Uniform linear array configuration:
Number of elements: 32
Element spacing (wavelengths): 0.75
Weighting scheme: hann
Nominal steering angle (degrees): -30
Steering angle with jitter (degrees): -31.815
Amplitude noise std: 0.05
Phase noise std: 0.05

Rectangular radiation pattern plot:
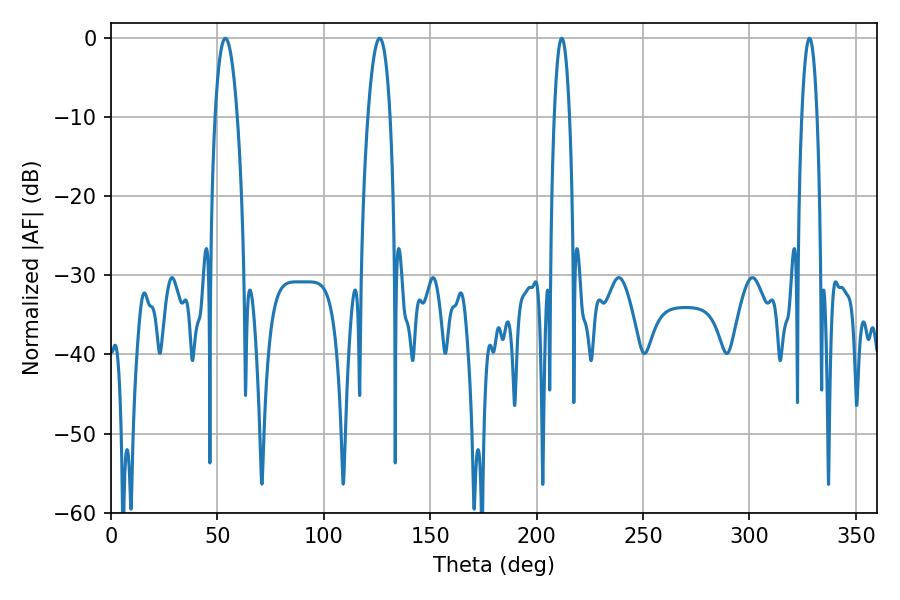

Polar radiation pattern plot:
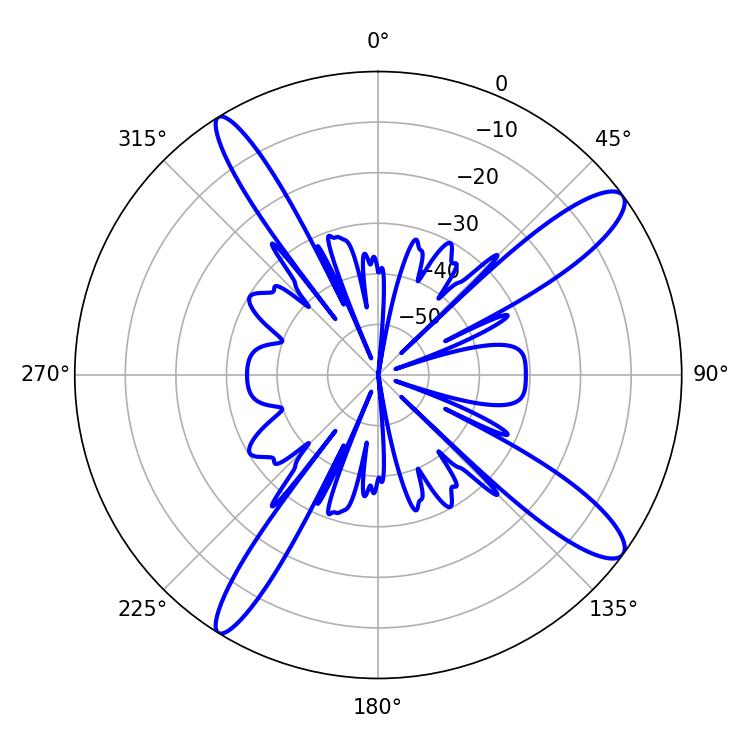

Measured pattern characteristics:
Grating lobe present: TRUE
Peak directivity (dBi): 13.17
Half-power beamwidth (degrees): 5.76
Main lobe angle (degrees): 53.82